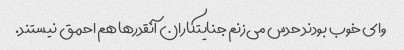
وای خوب بودند حدس می‌زنم جنایتکاران آنقدرها هم احمق نیستند.